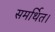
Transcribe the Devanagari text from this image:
समर्थित।